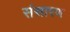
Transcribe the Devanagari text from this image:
संसारण